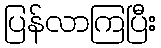
ပြန်လာကြပြီး